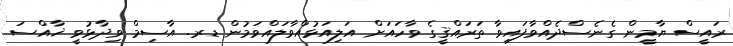
ރައީސް ޔާމީން ގެނެސްދެއްވާފައިވާ ތަރައްޤީގެ ވާހައަށް އަލިއަޅުއްވާލައްވަމުން ޑރ. އާސިމް ވިދާޅުވީ ޚާއްސަ